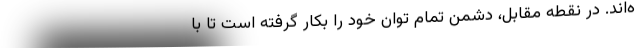
ه‌اند. در نقطه مقابل، دشمن تمام توان خود را بکار گرفته است تا با